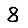
Digit: 8